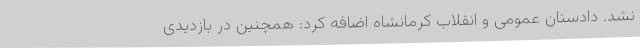
نشد. دادستان عمومی و انقلاب کرمانشاه اضافه کرد: همچنین در بازدیدی